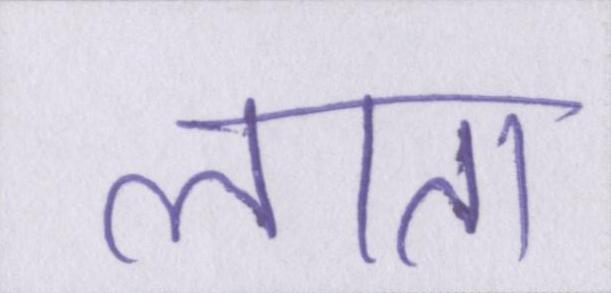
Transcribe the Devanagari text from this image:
लाता